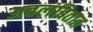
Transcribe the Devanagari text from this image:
अवलंबितात